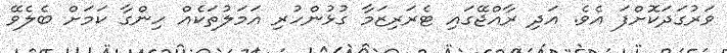
ވަރުގަދަކޮށްފަ އެވެ. އަދި ރާއްޖޭގައި ޓެރަރިޒަމާ ގުޅުންހުރި އަމަލުތަކެއް ހިންގާ ކަމަށް ބެލެވޭ